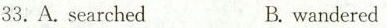
33.AsearchedB. wandered